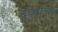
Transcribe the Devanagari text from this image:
दुब्यांचा